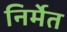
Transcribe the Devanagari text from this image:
निर्मेत